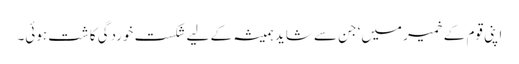
اپنی قوم کے خمیر میں‘ جن سے شاید ہمیشہ کے لیے شکست خوردگی کاشت ہوئی۔